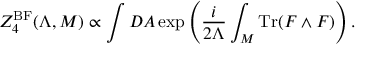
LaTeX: Z _ { 4 } ^ { \mathrm { B F } } ( \Lambda , { \cal M } ) \propto \int { \cal D } A \exp \left( { \frac { i } { 2 \Lambda } } \int _ { \cal M } \mathrm { T r } ( F \wedge F ) \right) .